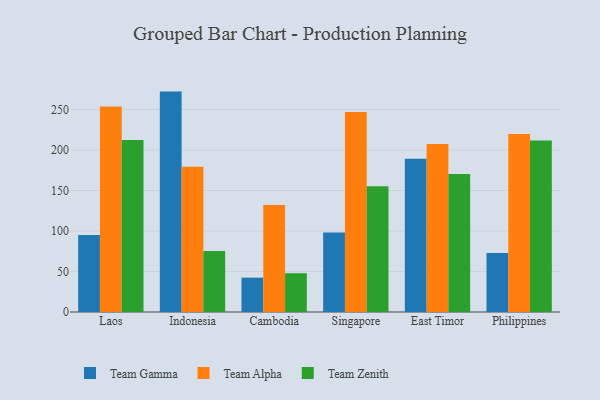
{"axis": {"x": "Country", "y": "Headcount"}, "legend": ["Team Alpha", "Team Gamma", "Team Zenith"], "data": [{"x": "Laos", "y": 95.0, "type": "Team Gamma"}, {"x": "Laos", "y": 253.6, "type": "Team Alpha"}, {"x": "Laos", "y": 212.3, "type": "Team Zenith"}, {"x": "Indonesia", "y": 272.1, "type": "Team Gamma"}, {"x": "Indonesia", "y": 179.4, "type": "Team Alpha"}, {"x": "Indonesia", "y": 75.4, "type": "Team Zenith"}, {"x": "Cambodia", "y": 42.4, "type": "Team Gamma"}, {"x": "Cambodia", "y": 132.2, "type": "Team Alpha"}, {"x": "Cambodia", "y": 47.9, "type": "Team Zenith"}, {"x": "Singapore", "y": 98.3, "type": "Team Gamma"}, {"x": "Singapore", "y": 247.0, "type": "Team Alpha"}, {"x": "Singapore", "y": 155.2, "type": "Team Zenith"}, {"x": "East Timor", "y": 189.3, "type": "Team Gamma"}, {"x": "East Timor", "y": 207.4, "type": "Team Alpha"}, {"x": "East Timor", "y": 170.5, "type": "Team Zenith"}, {"x": "Philippines", "y": 72.9, "type": "Team Gamma"}, {"x": "Philippines", "y": 219.6, "type": "Team Alpha"}, {"x": "Philippines", "y": 211.8, "type": "Team Zenith"}]}